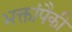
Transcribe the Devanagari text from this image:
भक्तांपैकी